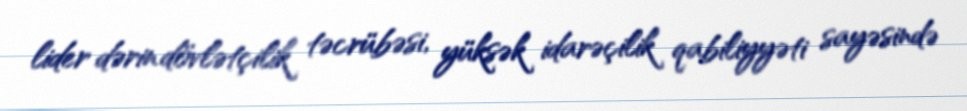
lider dərin dövlətçilik təcrübəsi, yüksək idarəçilik qabiliyyəti sayəsində